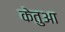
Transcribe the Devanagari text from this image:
केतुआ